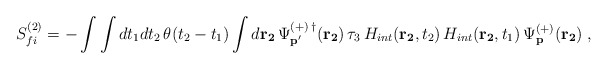
\begin{align*}S_{fi}^{(2)}=-\int \int dt_{1}dt_{2}\,\theta (t_{2}-t_{1})\int d{\bf r_{2}}\,\Psi _{{\bf p^{\prime }}}^{(+)\,\dagger }({\bf r_{2}})\,\tau_{3}\,H_{int}( {\bf r_{2}},t_{2})\,H_{int}({\bf r_{2}},t_{1})\,\Psi _{{\bf p}}^{(+)}({\bf r_{2}})\;,\end{align*}